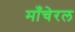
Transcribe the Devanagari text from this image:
माँचेरल